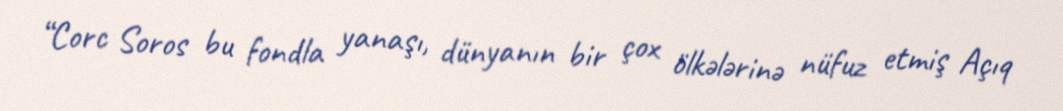
“Corc Soros bu fondla yanaşı, dünyanın bir çox ölkələrinə nüfuz etmiş Açıq